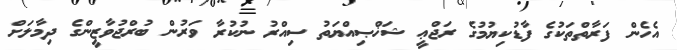
އެހެން ފަރާތްތަކުގެ ފާޑުކިޔުމުގެ ރަޖްޢީ ޝަޚްޞިއްޔަތު ސިއްރު ނުކުރާ ވަރުން ބުރްޖުވާޒީންގެ ދިމާލަށް